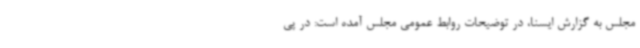
مجلس به گزارش ایسنا، در توضیحات روابط عمومی مجلس آمده است: در پی